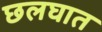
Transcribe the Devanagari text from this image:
छलघात